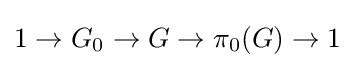
1\to G_{0}\to G\to \pi _{0}(G)\to 1